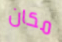
مكان